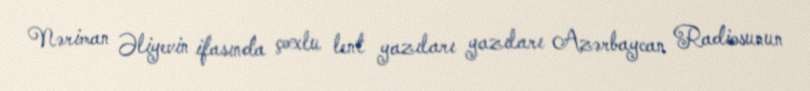
Nəriman Əliyevin ifasında çoxlu lent yazıları yazıları Azərbaycan Radiosunun